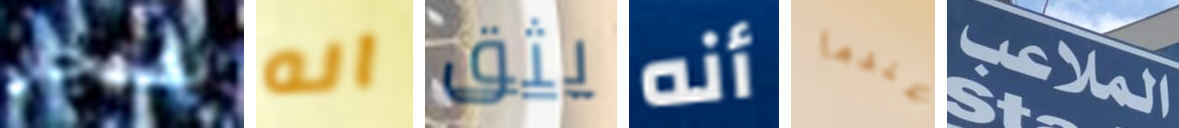
بمتجر انه يثق أنه عندما الملاعب